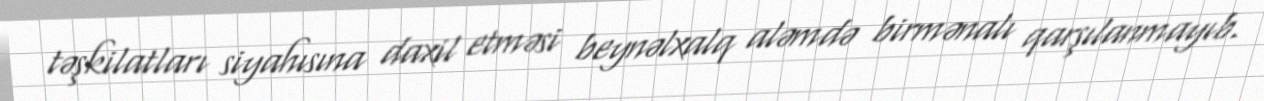
təşkilatları siyahısına daxil etməsi beynəlxalq aləmdə birmənalı qarşılanmayıb.